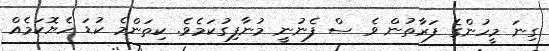
ގިނަ މީހުންގެ ފަރާތުން ވެ ސް ފެނުނީ މުނާފިގުކަމެވެ. ކިތަންމެ ކުޑަ ހެޔޮކަމެއް